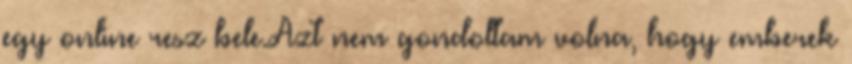
egy online resz bele.Azt nem gondoltam volna, hogy emberek